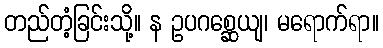
တည်တံ့ခြင်းသို့။ န ဥပဂစ္ဆေယျ၊ မရောက်ရာ။